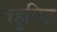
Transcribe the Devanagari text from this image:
बहुविज्ञ